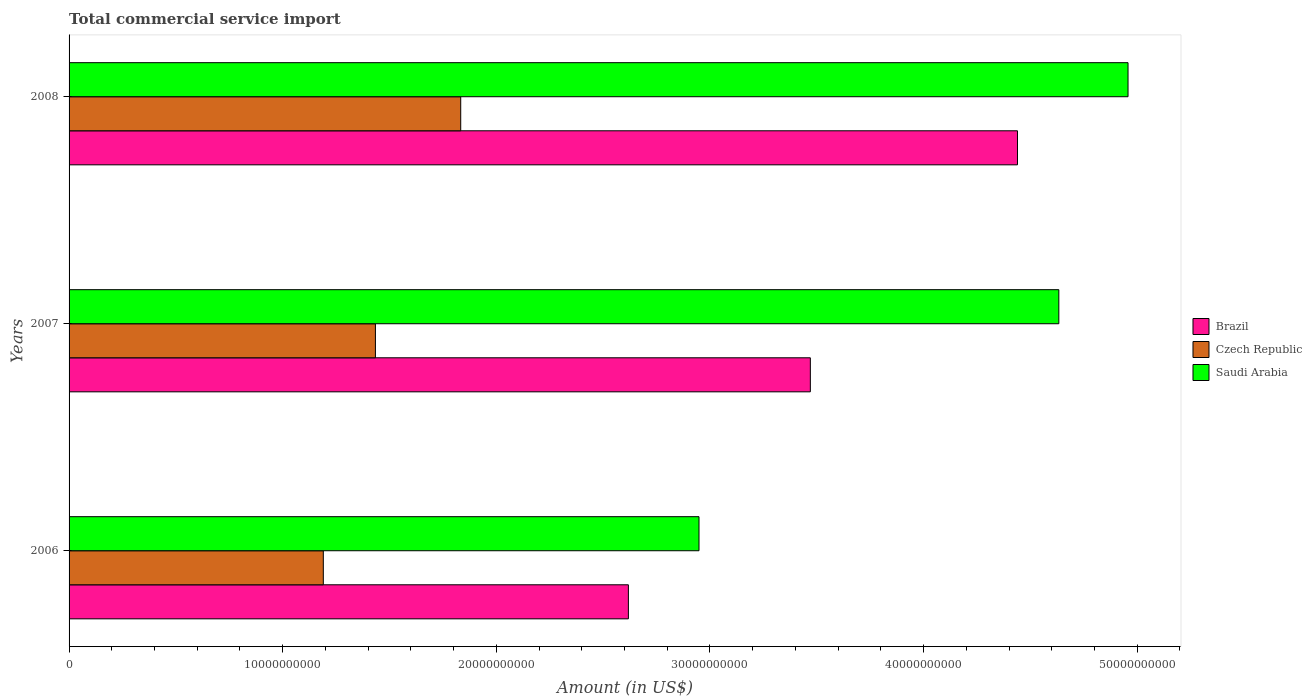
| Years | Brazil | Czech Republic | Saudi Arabia |
 | --- | --- | --- | --- |
 | 2006 | 2.62e+10 | 1.19e+10 | 2.95e+10 |
 | 2007 | 3.47e+10 | 1.43e+10 | 4.63e+10 |
 | 2008 | 4.44e+10 | 1.83e+10 | 4.96e+10 |